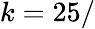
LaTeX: k=25/